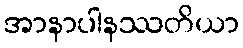
အာနာပါနဿတိယာ